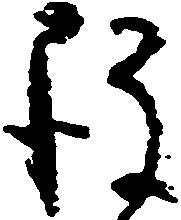
後